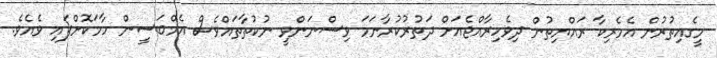
މީގެއިތުރުން އެމެރިކާ ރައްޔިތުން ދިވެހިރާއްޖެއަށް ދަތުރުކުރާނަމަ ވިސްނަންވީ ނުކުތާތައްވެސް އެމްބަސީން ހާމަކޮށްފައި ވެއެވެ.